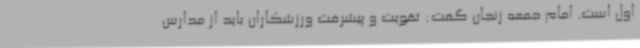
اول است. امام جمعه زنجان گفت: تقویت و پیشرفت ورزشکاران باید از مدارس